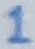
Text: 1